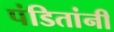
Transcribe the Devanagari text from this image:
पंडितांनीं